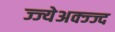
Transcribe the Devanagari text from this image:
ज्ज्येअक्ज्ज्द